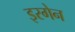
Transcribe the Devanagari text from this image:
इरगेन